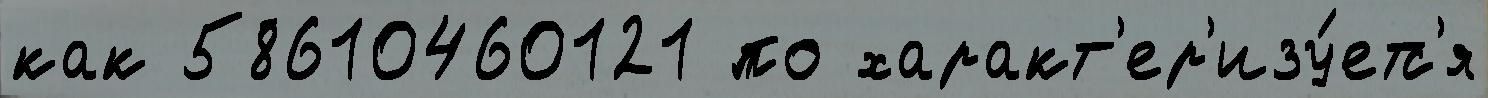
как 58610460121 по характ'ер'изу́етс'я